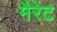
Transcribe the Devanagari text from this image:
मैरेट